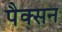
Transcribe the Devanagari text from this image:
पैक्सन